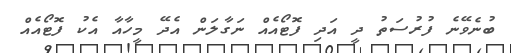
ބުނެވޭނެ ފުރުސަތު ދީ އަދި ފޮޓޯއެއް ނަގާލަން އެދޭ މީހާއާ އެކު ފޮޓޯއެއް